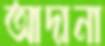
আদানা